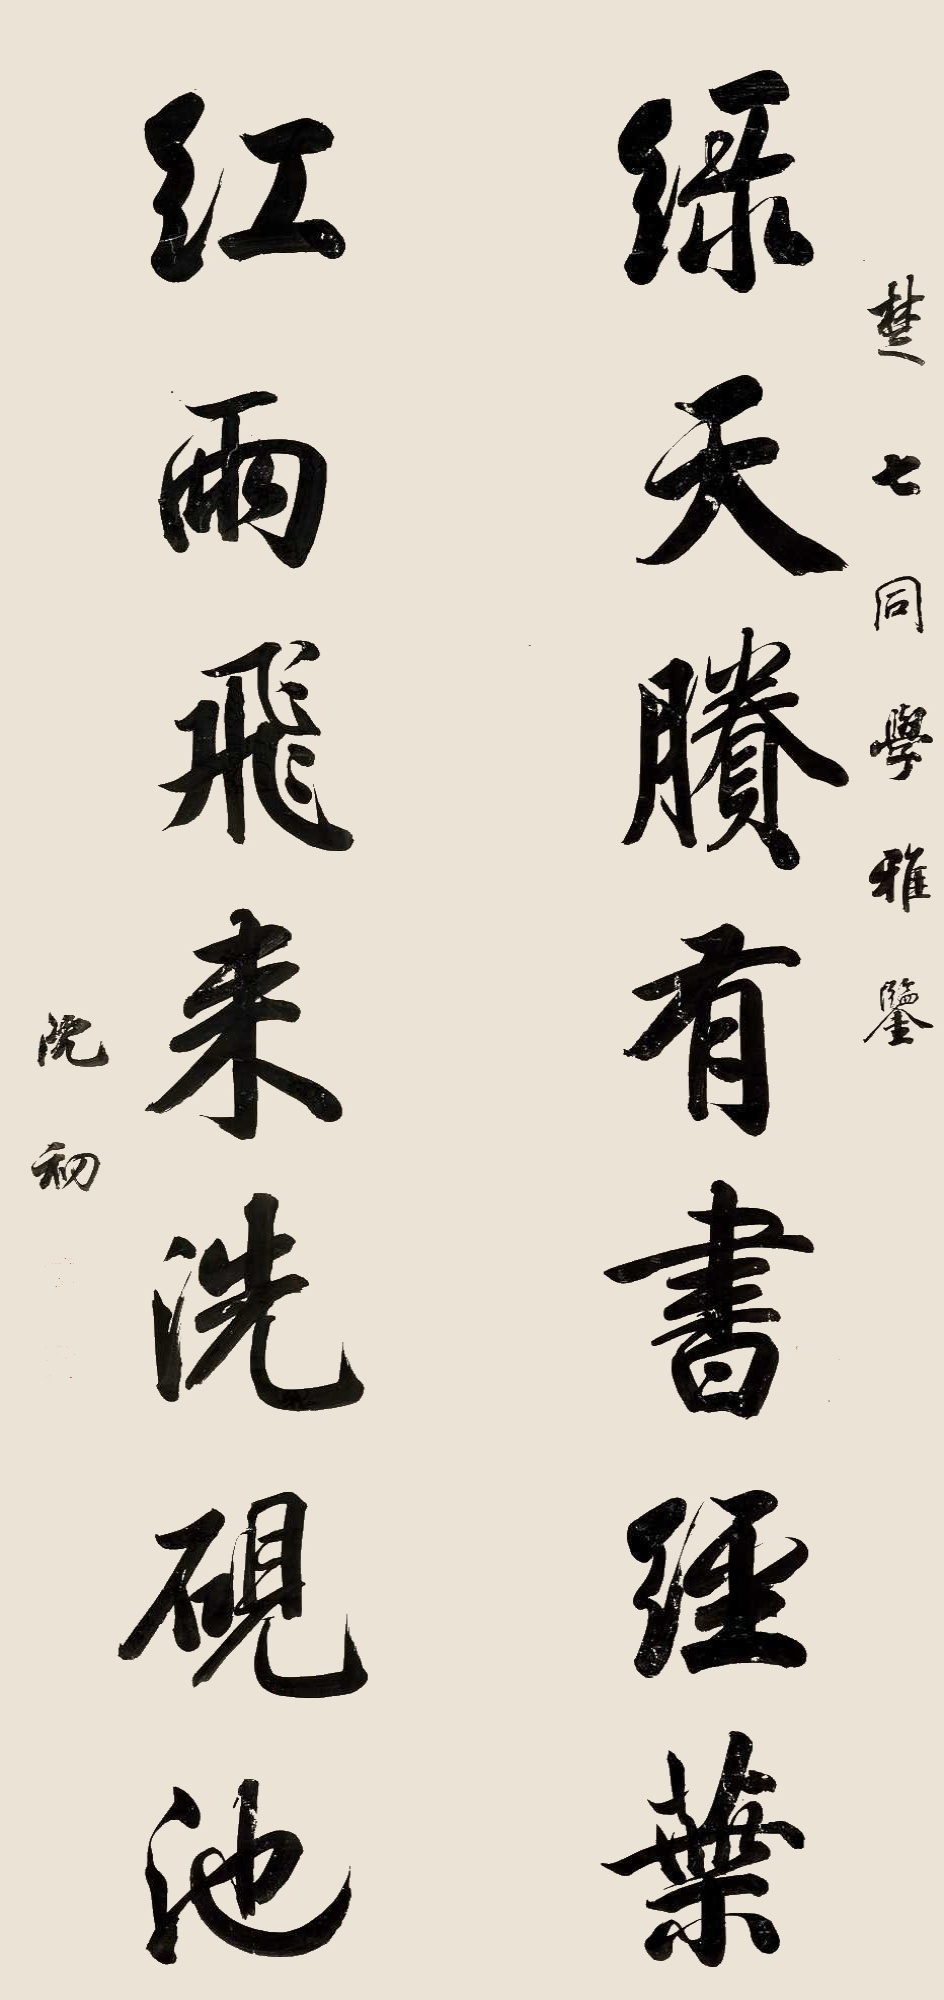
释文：绿天剩有书经叶，红雨飞来洗砚池。楚七同学雅鉴，沈初。